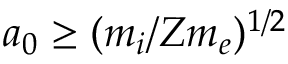
a _ { 0 } \geq ( m _ { i } / Z m _ { e } ) ^ { 1 / 2 }